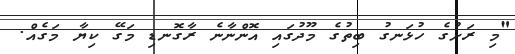
"މި ރަށުގެ ހުޅަނގު ބިތުގެ މޫދުގައި އޮންނާނެ ރާގޮނޑި މަގޭ ކިޔާ މަގެއް.